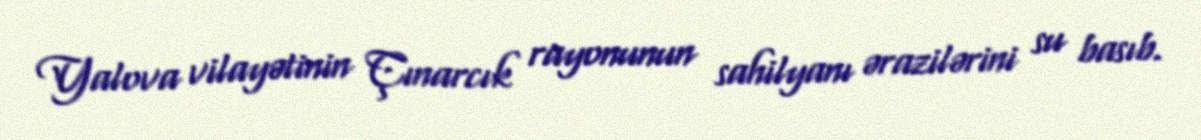
Yalova vilayətinin Çınarcık rayonunun sahilyanı ərazilərini su basıb.